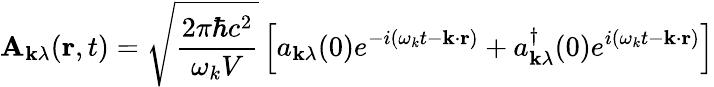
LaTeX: \mathbf{A}_{\mathbf{k}\lambda}(\mathbf{r},t)={\sqrt{\frac{2\pi\hbar c^{2}}{\omega_{k}V}}}\left[a_{\mathbf{k}\lambda}(0)e^{-i(\omega_{k}t-\mathbf{k}\cdot\mathbf{r})}+a_{\mathbf{k}\lambda}^{\dagger}(0)e^{i(\omega_{k}t-\mathbf{k}\cdot\mathbf{r})}\right]